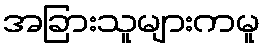
အခြားသူများကမူ